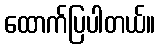
ထောက်ပြပါတယ်။